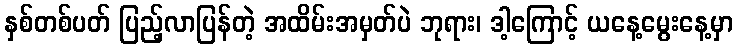
နှစ်တစ်ပတ် ပြည့်လာပြန်တဲ့ အထိမ်းအမှတ်ပဲ ဘုရား၊ ဒါ့ကြောင့် ယနေ့မွေးနေ့မှာ